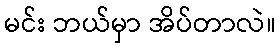
မင်း ဘယ်မှာ အိပ်တာလဲ။